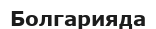
Болгарияда